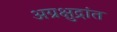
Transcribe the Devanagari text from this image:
अग्रक्षुद्रांत